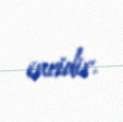
incidir.